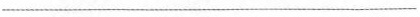
___